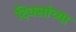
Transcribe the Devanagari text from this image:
दिवसांच्‍या